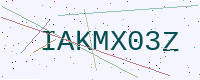
Text: IAKMX03Z